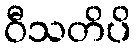
ဝီသတိပိ